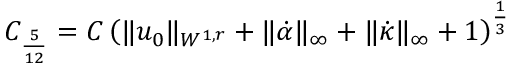
C _ { \frac { 5 } { 1 2 } } = C \left( \| u _ { 0 } \| _ { W ^ { 1 , r } } + \| \dot { \alpha } \| _ { \infty } + \| \dot { \kappa } \| _ { \infty } + 1 \right) ^ { \frac { 1 } { 3 } }